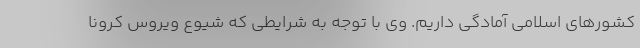
کشورهای اسلامی آمادگی داریم. وی با توجه به شرایطی که شیوع ویروس کرونا